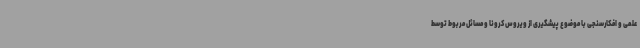
علمی و افکارسنجی با موضوع پیشگیری از ویروس کرونا و مسائل مربوط توسط